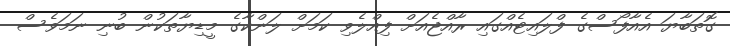
ގޮތަބާޔަ އެއާފޯސްގެ ފްލައިޓެއްގައި ރާއްޖެއަށް ފިއްލެވި ކަމަށް ލަންކާގެ މީޑިޔާތަކުން ބުނި ނަމަވެސް